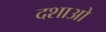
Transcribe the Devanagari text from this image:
दशाओ